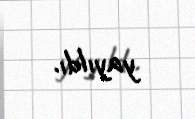
yayıldı.